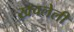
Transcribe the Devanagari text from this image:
खचलेली